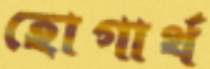
হোগার্থ